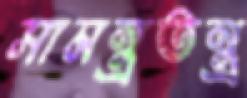
সামন্ত্রতন্ত্র